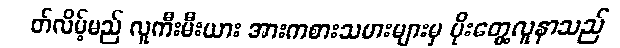
တ်လိမ့်မည် လူကီးမီးယား အားကစားသမားများမှ ပိုးတွေ့လူနာသည်